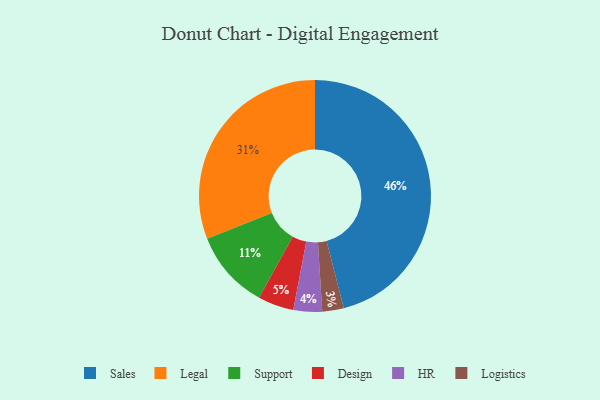
{"axis": {"x": "Category", "y": "Percentage"}, "legend": ["Design", "HR", "Legal", "Logistics", "Sales", "Support"], "data": [{"x": "Design", "y": 5, "type": "Design"}, {"x": "Support", "y": 11, "type": "Support"}, {"x": "Legal", "y": 31, "type": "Legal"}, {"x": "Sales", "y": 46, "type": "Sales"}, {"x": "HR", "y": 4, "type": "HR"}, {"x": "Logistics", "y": 3, "type": "Logistics"}]}